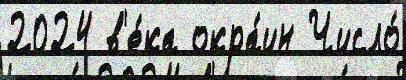
2024 в'е́ка окра́ин Число́